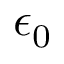
\epsilon _ { 0 }